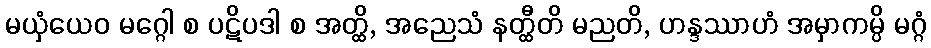
မယှံယေဝ မဂ္ဂေါ စ ပဋိပဒါ စ အတ္ထိ, အညေသံ နတ္ထီတိ မညတိ, ဟန္ဒဿာဟံ အမှာကမ္ပိ မဂ္ဂံ